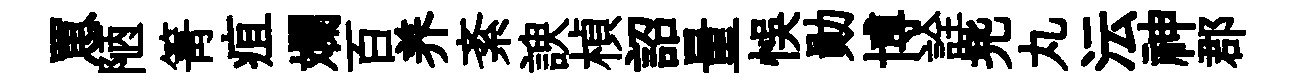
罳陋箐疽斕百养紊諛楨詔量悞勛博詮兠丸沄神郡